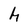
Character: h